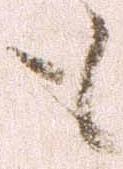
も